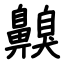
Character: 齅